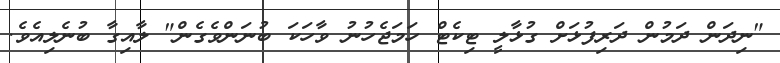
"ނިދަން ދަމުން ދަރިފުޅަށް ގުޅާލީ ޓިކެޓް ހަމަޖެހުނު ވާހަކަ ބުނަންވެގެން" ލާއިގާ ބުނެލިއެވެ.